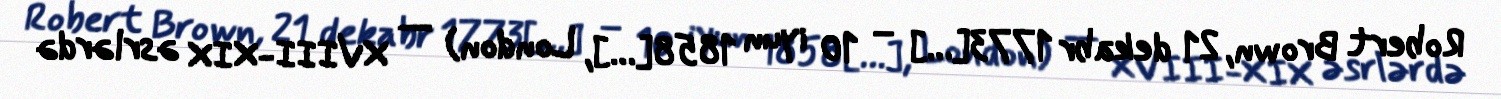
Robert Brown, 21 dekabr 1773[…] – 10 iyun 1858[…], London) — XVIII-XIX əsrlərdə